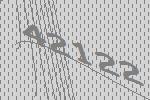
42122